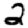
Digit: 2